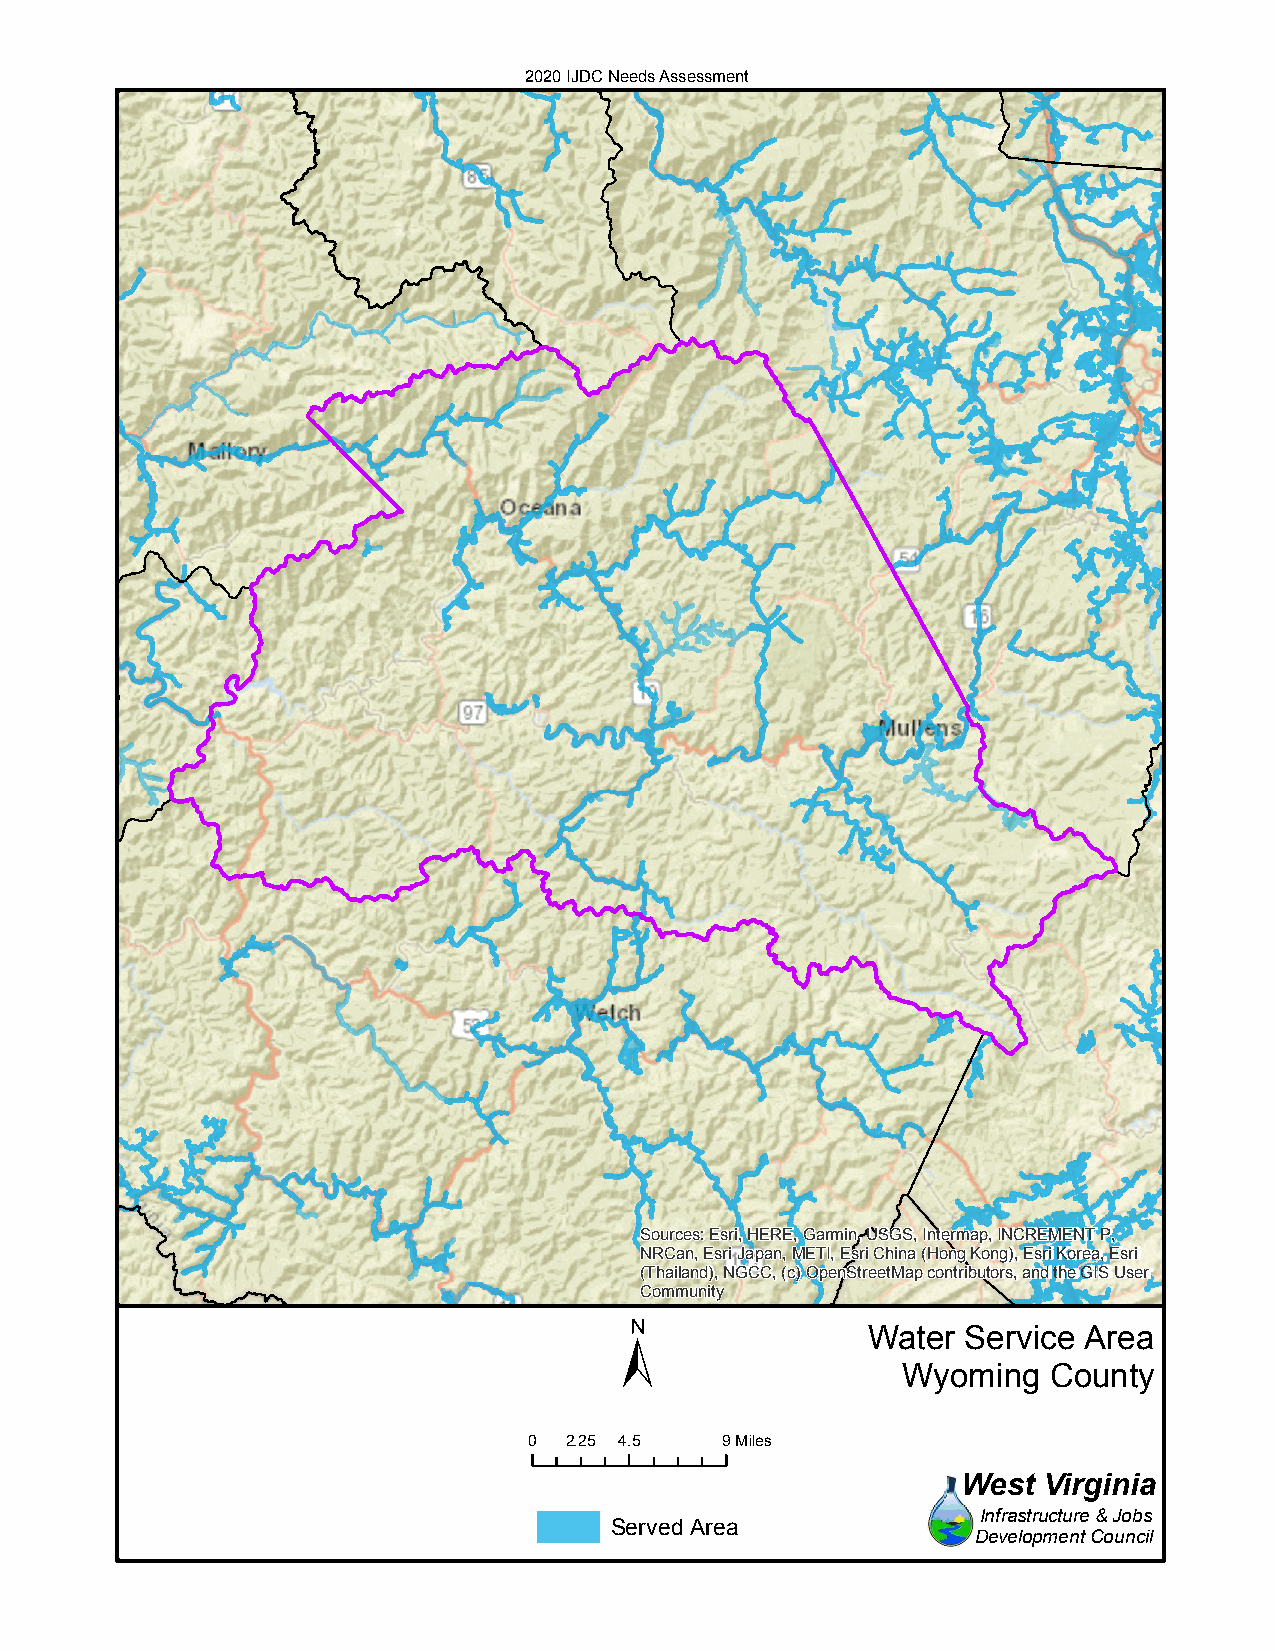
2020 IJDC Needs Assessment
 Sources: Esri, HERE, Garmin, USGS, Intermap, INCREMENT P,
 NRCan, Esri Japan, METI, Esri China (Hong Kong), Esri Korea, Esri
 (Thailand), NGCC, (c) OpenStreetMap contributors, and the GIS User
 Community
 ±
 Water  Service Area
 Wyoming  County
 0 2.25 4.5   9Miles
 West Virginia
 Infrastructure & Jobs
 Served Area
 Development Council